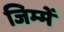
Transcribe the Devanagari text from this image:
जिम्‍में